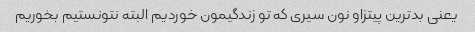
یعنی بدترین پیتزاو نون سیری که تو زندگیمون خوردیم البته نتونستیم بخوریم